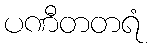
ပဏီတတရံ